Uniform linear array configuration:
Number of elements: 12
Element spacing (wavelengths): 0.5
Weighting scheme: hamming
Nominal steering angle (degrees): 30
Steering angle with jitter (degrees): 31.606
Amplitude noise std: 0.05
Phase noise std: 0.05

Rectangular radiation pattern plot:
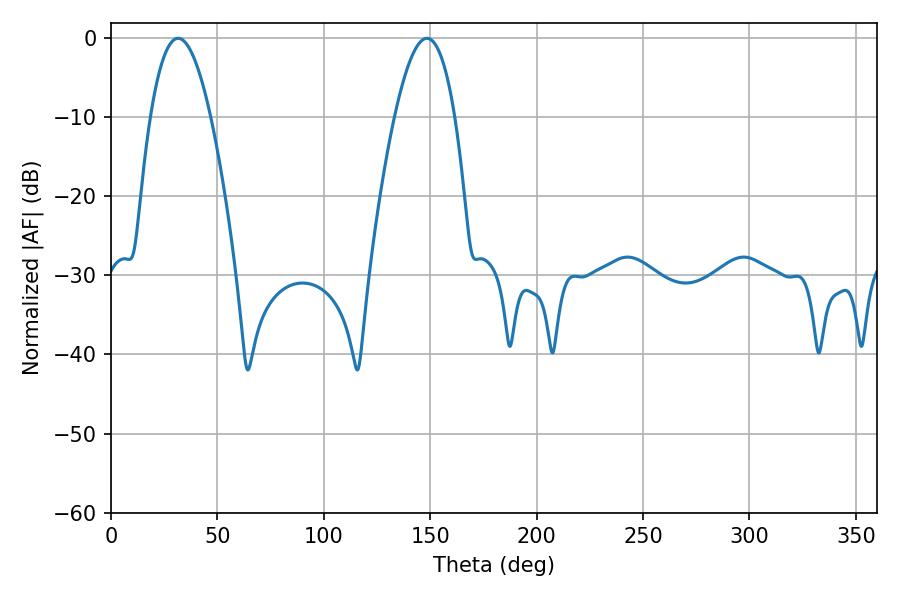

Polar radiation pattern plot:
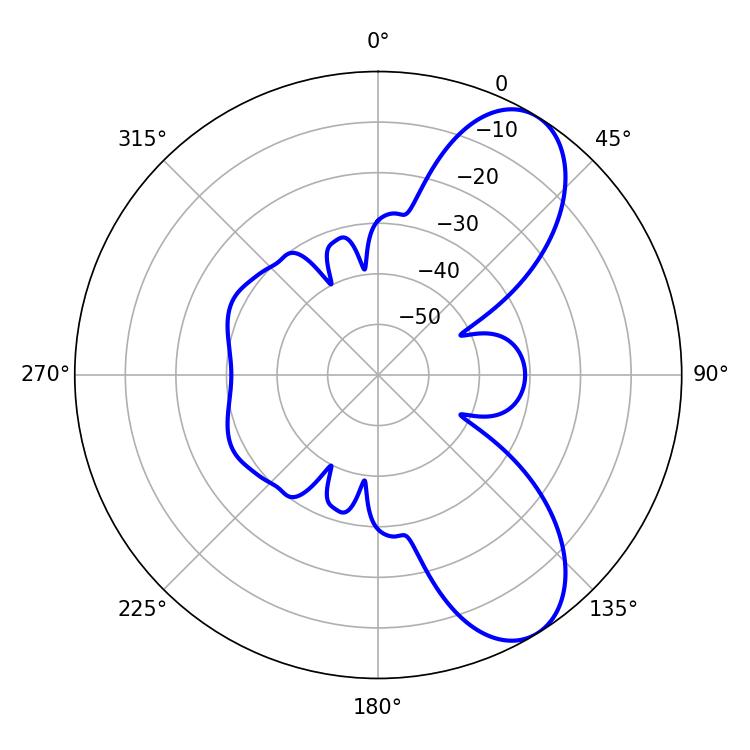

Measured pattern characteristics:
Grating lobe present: FALSE
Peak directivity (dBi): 8.142
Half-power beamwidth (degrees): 15.48
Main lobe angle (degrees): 31.5